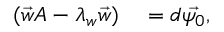
\begin{array} { r l } { ( \vec { w } A - \lambda _ { w } \vec { w } ) } & { { } = d \vec { \psi _ { 0 } } , } \end{array}